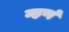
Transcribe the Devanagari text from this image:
म्हणं